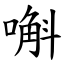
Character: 嘝